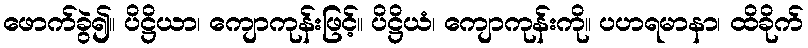
ဖောက်ခွဲ၍။ ပိဋ္ဌိယာ၊ ကျောကုန်းဖြင့်။ ပိဋ္ဌိယံ၊ ကျောကုန်းကို။ ပဟရမာနာ၊ ထိခိုက်